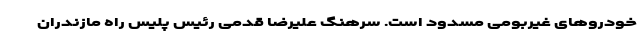
خودروهای غیربومی مسدود است. سرهنگ علیرضا قدمی رئیس پلیس راه مازندران